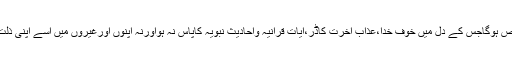
اس کامرتکب وہی شخص ہوگاجس کے دل میں خوف خدا،عذاب آخرت کاڈر،آیات قرآنیہ واحادیث نبویہ کاپاس نہ ہواورنہ اپنوں اورغیروں میں اسے اپنی ذلت ورسوائی کااندیشہ ہو۔